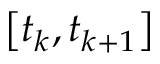
\left[ t _ { k } , t _ { k + 1 } \right]